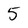
Character: 5